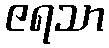
ဇရသာ